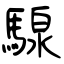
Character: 騡